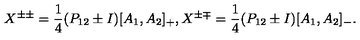
X ^ { \pm \pm } = \frac { 1 } { 4 } ( P _ { 1 2 } \pm I ) [ A _ { 1 } , A _ { 2 } ] _ { + } , X ^ { \pm \mp } = \frac { 1 } { 4 } ( P _ { 1 2 } \pm I ) [ A _ { 1 } , A _ { 2 } ] _ { - } .